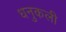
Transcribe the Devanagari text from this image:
धनुकली